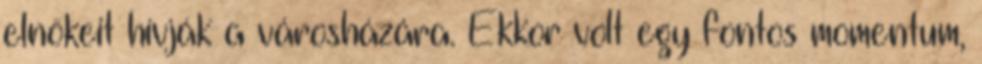
elnökeit hívják a városházára. Ekkor volt egy fontos momentum,